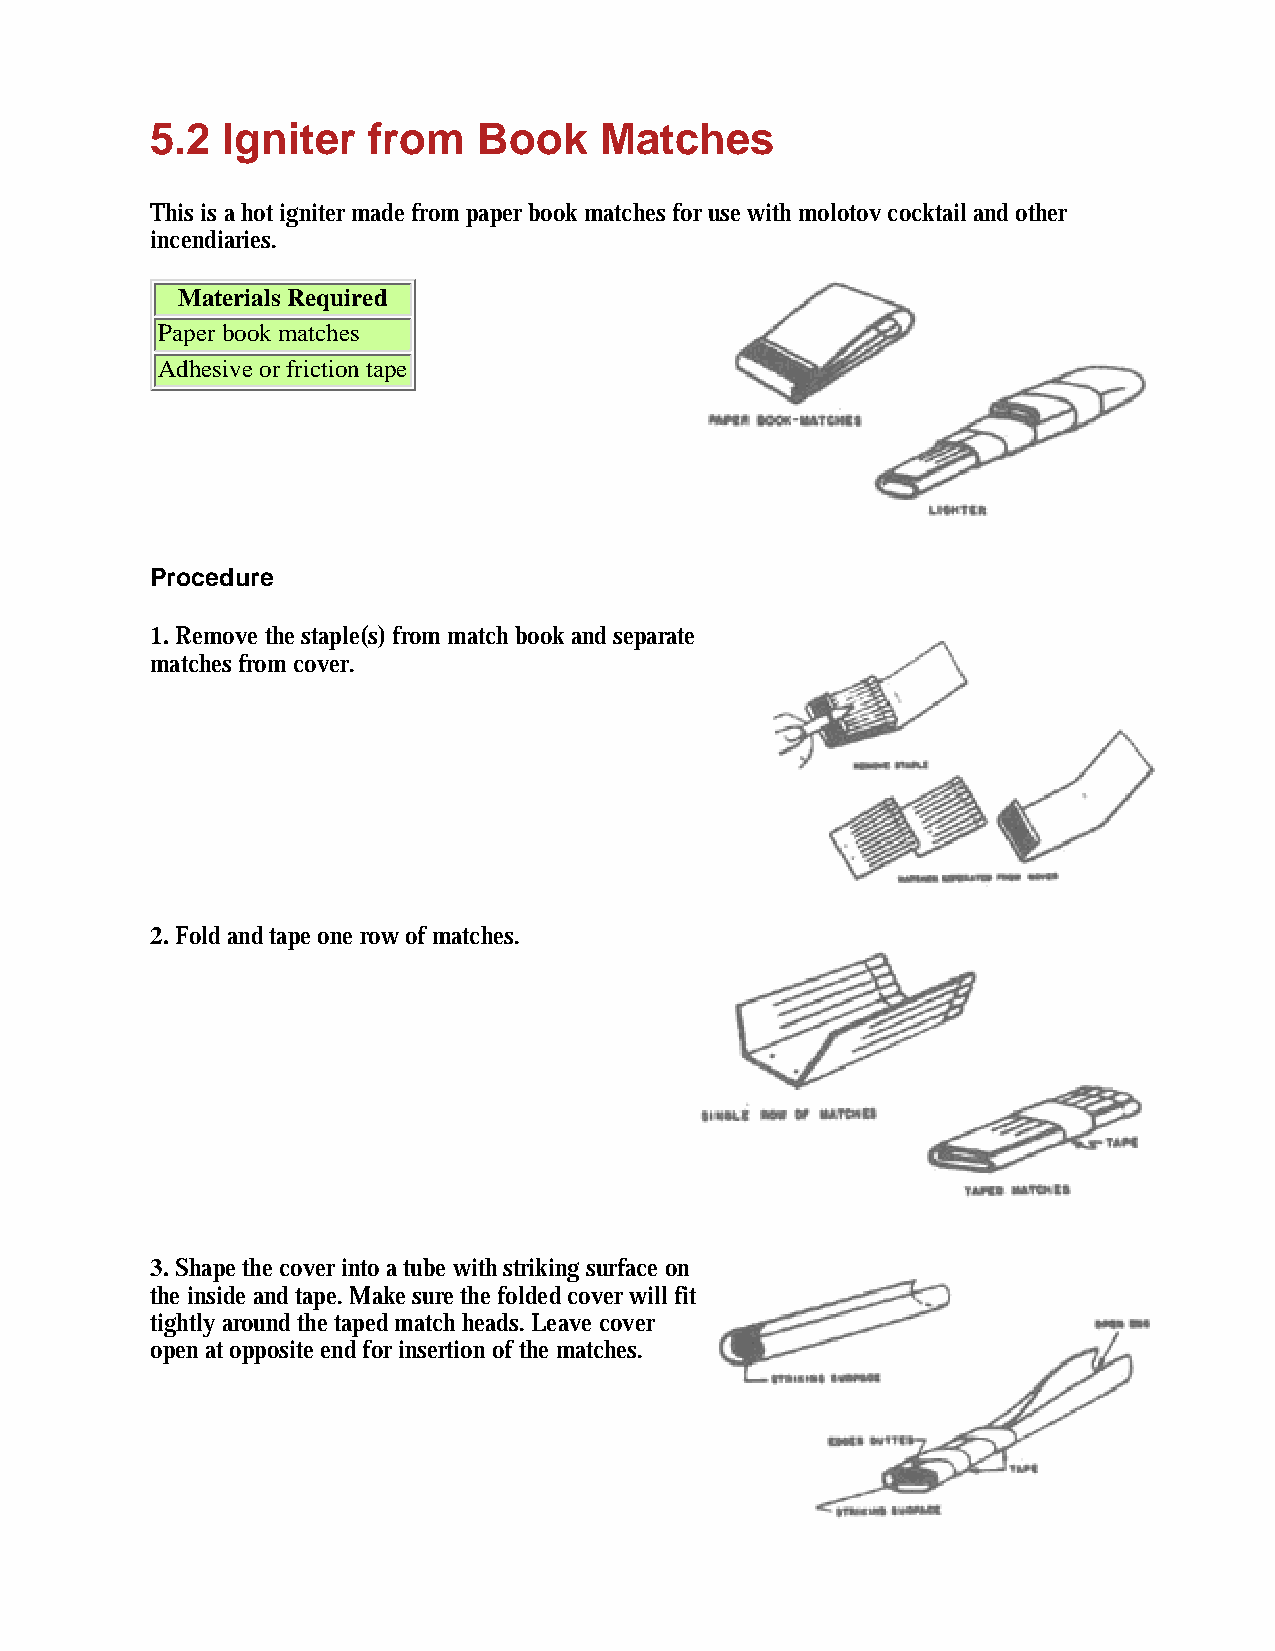
5.2  Igniter  from    Book    Matches
 This is a hot igniter made from paper book matches for use with molotov cocktail and other
 incendiaries.
 Materials Required
 Paper book matches
 Adhesive or friction tape
 Procedure
 1. Remove the staple(s) from match book and separate
 matches from cover.
 2. Fold and tape one row of matches.
 3. Shape the cover into a tube with striking surface on
 the inside and tape. Make sure the folded cover will fit
 tightly around the taped match heads. Leave cover
 open at opposite end for insertion of the matches.